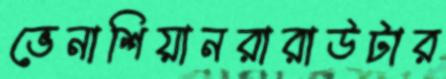
ভেনাশিয়ানরারাউটার